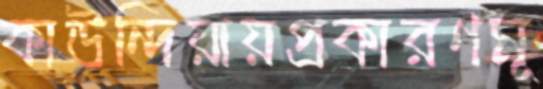
কাউন্দিয়ায়প্রকারণমূ